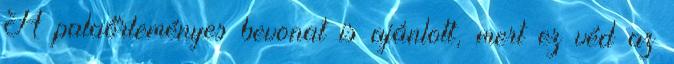
A palaőrleményes bevonat is ajánlott, mert ez véd az